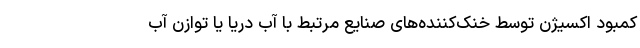
کمبود اکسیژن توسط خنک‌کننده‌های صنایع مرتبط با آب دریا یا توازن آب